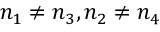
n _ { 1 } \neq n _ { 3 } , n _ { 2 } \neq n _ { 4 }